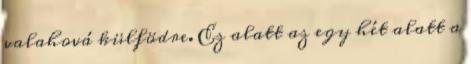
valahová külfödre. Ez alatt az egy hét alatt a